system: You are a helpful assistant.
user:
Analyze the provided spectrum to determine if it is a **M-type Giant (gM)**.

A M-type Giant spectrum is defined by its **strong molecular absorption** features, particularly from **Titanium Oxide (TiO)**. You must check for one of the following mutually exclusive signatures:

- **Key Visual Indicators (Absorption-Dominated Spectrum):**

    - **(Primary):** The spectrum is dominated by strong molecular absorption from **Titanium Oxide (TiO)**. This is the **defining feature** of its M-type temperature class.
        - **(Key Bandheads):** Look for sharp, "saw-tooth" absorption valleys. The strongest are located near **~7050 Å**, **~6160 Å**, and **~5170 Å**.
        - **(Line Profile):** The "saw-tooth" morphology is critical: a **sharp, steep drop on the BLUE (short-wavelength) side** of the bandhead, followed by a gradual recovery (rising flux) towards the RED (long-wavelength) side.

    - **(Key Confirmation - Giant vs. Dwarf):** **ABSENCE** of strong **Calcium Hydride (CaH)** molecular bands. This is the primary diagnostic for *excluding* M-dwarfs.
        - **(Key Region):** The spectrum should lack the strong, broad absorption band seen in dwarfs between **~6800 Å and ~7000 Å**.

    - **(Secondary Confirmation - Giant):** A very strong and broad **Neutral Calcium (Ca I)** atomic absorption line.
        - **(Key Line):** Located at **~4226 Å**. In a giant (gM), this line is significantly deeper and broader than the same line in an M-dwarf (dM) due to low surface gravity.

    - **(Overall Spectrum):**
        - The continuum is **extremely red-sloping** (i.e., flux is very low in the blue and rises dramatically towards the red).
        - The entire spectrum appears "chopped up" by the deep TiO bands.

Think first, call **spectral_visualization_tool** if needed to examine features in detail, then provide your final answer. Your response must adhere to the following strict rules:
1.  **Overall Structure:** Your response must follow the format `<think>...</think> <tool_call>...</tool_call> (if a tool is used) <answer>...</answer>`.
2.  **Tool Usage Constraint:** You may only make **one** tool call per turn.
3.  **Final Answer Format:** In the `<answer>` tag, your conclusion must be inside a `\boxed{}` command (e.g., `\boxed{YES}` or `\boxed{NO}`), followed by your justification.

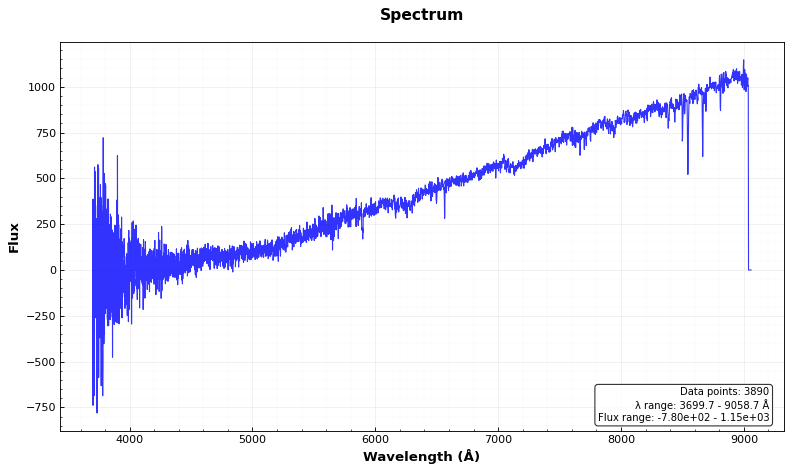
Answer: NO